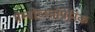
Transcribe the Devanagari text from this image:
थ्रोम्बोच्य्तोपेनिक